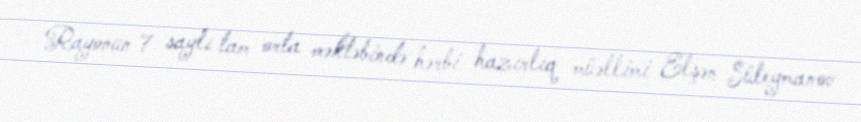
Rayonun 7 saylı tam orta məktəbində hərbi hazırlıq müəllimi Elşən Süleymanov